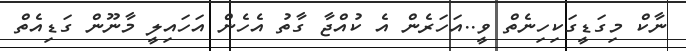
ނާކް މިގަޑީގަކިހިނެތް ވީ..އަހަރެން އެ ކުއްޖާ ގާތު އެހެން އަހައިލީ މާނޫން ގަޑިއެތް